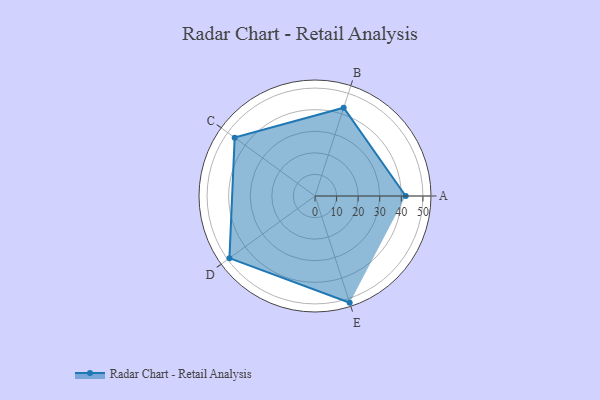
{"axis": {"x": "Skill", "y": "Score"}, "legend": ["Profile"], "data": [{"x": "A", "y": 42.0, "type": "Profile"}, {"x": "B", "y": 43.0, "type": "Profile"}, {"x": "C", "y": 46.0, "type": "Profile"}, {"x": "D", "y": 49.0, "type": "Profile"}, {"x": "E", "y": 52.0, "type": "Profile"}]}